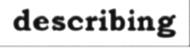
describing